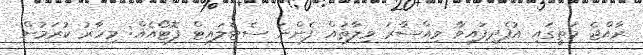
ރާއްޖެ މަތީގައި އުފެދިފައިވާ ވިއްސާރަ ވިލާތައް ފެންނަ ސެޓެލައިޓް ފޮޓޯއެއް: މިހާރު ކުރަމުން